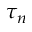
\tau _ { n }